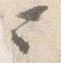
ニ